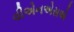
વીએનએસએ